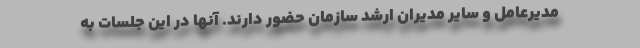
مدیرعامل و سایر مدیران ارشد سازمان حضور دارند. آنها در این جلسات به